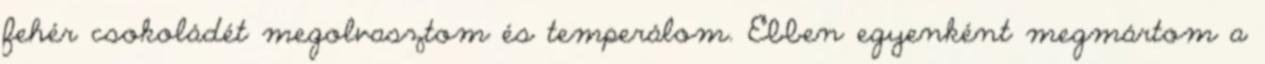
fehér csokoládét megolvasztom és temperálom. Ebben egyenként megmártom a